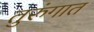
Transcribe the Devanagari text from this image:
तुरुंंगात